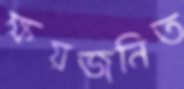
ক্ষয়জনিত